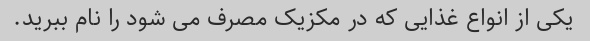
یکی از انواع غذایی که در مکزیک مصرف می شود را نام ببرید.